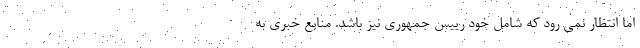
اما انتظار نمی رود که شامل خود رییس جمهوری نیز باشد. منابع خبری به